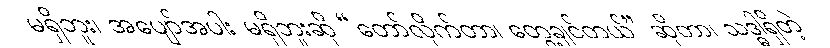
မရှိဘူး၊ အပျော်အပါး မရှိဘူးဆို “တော်လိုက်တာ၊ တွေ့ချင်တယ်” ဆိုတာ၊ သဒ္ဓါရှိတဲ့